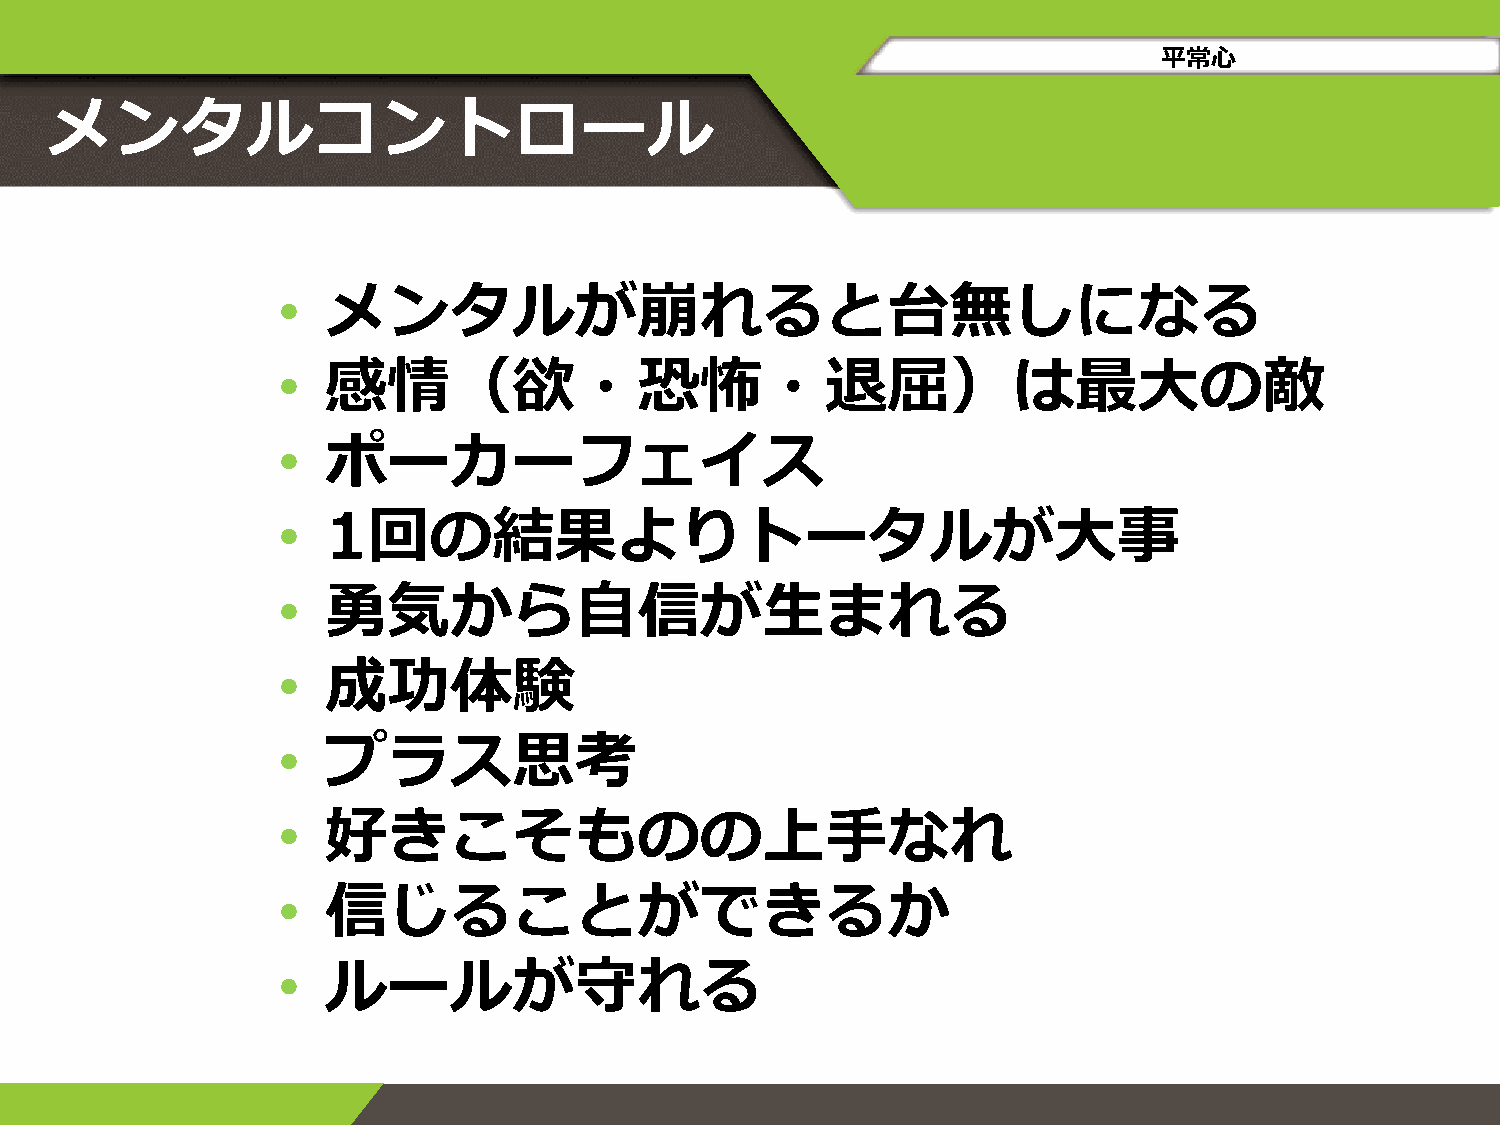
平常心
 メンタルコントロール
 •   メンタルが崩れると台無しになる
 •   感情（欲・恐怖・退屈）は最大の敵
 •   ポーカーフェイス
 •   1回の結果よりトータルが大事
 •   勇気から自信が生まれる
 •   成功体験
 •   プラス思考
 •   好きこそものの上手なれ
 •   信じることができるか
 •   ルールが守れる